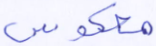
معكوس